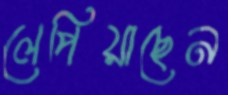
লেপিয়াছেন